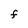
Character: F